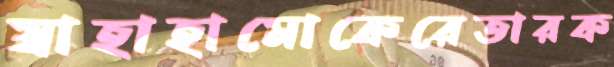
স্বাহাহামোকেরেতারক